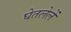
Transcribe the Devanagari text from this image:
घेतलेलें